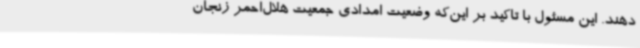
دهند. این مسئول با تاکید بر این‌که وضعیت امدادی جمعیت هلال‌احمر زنجان